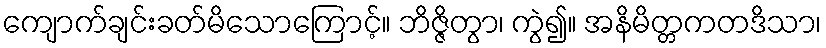
ကျောက်ချင်းခတ်မိသောကြောင့်။ ဘိဇ္ဇိတွာ၊ ကွဲ၍။ အနိမိတ္တကတဒိသာ၊